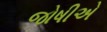
જોષીએ